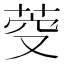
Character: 𮏋